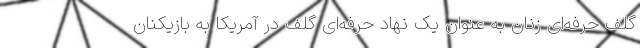
گلف حرفه‌ای زنان به عنوان یک نهاد حرفه‌ای گلف در آمریکا به بازیکنان